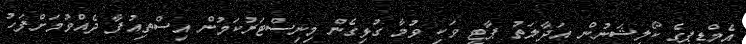
އެމްޑީޕީގެ ކޯލީޝަނުން އަދާލަތު ޕާޓީ ވަކި ވުމާ ގުޅިގެން މިނިސްޓަރުކަމުން އިސްތިއުފާ ދެއްވުމަށްފަހު